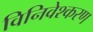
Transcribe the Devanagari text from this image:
विनिवेश्करण